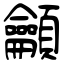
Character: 龥